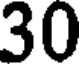
30